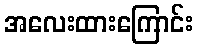
အလေးထားကြောင်း